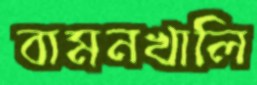
বামনখালি